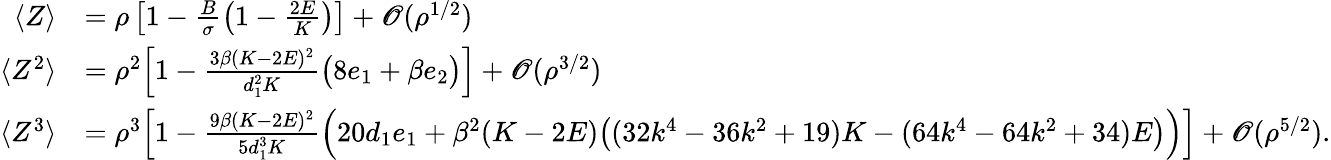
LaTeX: \begin{array}{rl}{\langle Z\rangle}&{=\rho\left[1-\frac{B}{\sigma}\left(1-\frac{2E}{K}\right)\right]+\mathscr{O}(\rho^{1/2})}\\ {\langle Z^{2}\rangle}&{=\rho^{2}\Big[1-\frac{3\beta(K-2E)^{2}}{d_{1}^{2}K}\big(8e_{1}+\beta e_{2}\big)\Big]+\mathscr{O}(\rho^{3/2})}\\ {\langle Z^{3}\rangle}&{=\rho^{3}\Big[1-\frac{9\beta(K-2E)^{2}}{5d_{1}^{3}K}\Big(20d_{1}e_{1}+\beta^{2}(K-2E)\big((32k^{4}-36k^{2}+19)K-(64k^{4}-64k^{2}+34)E\big)\Big)\Big]+\mathscr{O}(\rho^{5/2}).}\end{array}